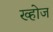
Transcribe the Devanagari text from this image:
ख्होज